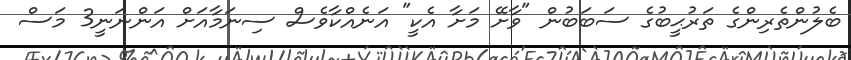
ބެލުންތެރިންގެ ތަރުޙީބުގެ ސަބަބުން "ވާށޭ މަށާ އެކީ" އަނެއްކާވެސް ސިނަމާއަށް އަންނަނީ3 މަސް